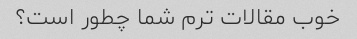
خوب مقالات ترم شما چطور است؟